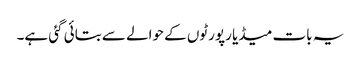
یہ بات میڈیا رپورٹوں کے حوالے سے بتائی گئی ہے۔